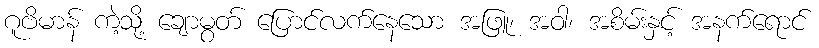
ဂူဗိမာန် ကဲ့သို့ ချောမွတ် ပြောင်လက်နေသော အဖြူ၊ အဝါ၊ အစိမ်းနှင့် အနက်ရောင်